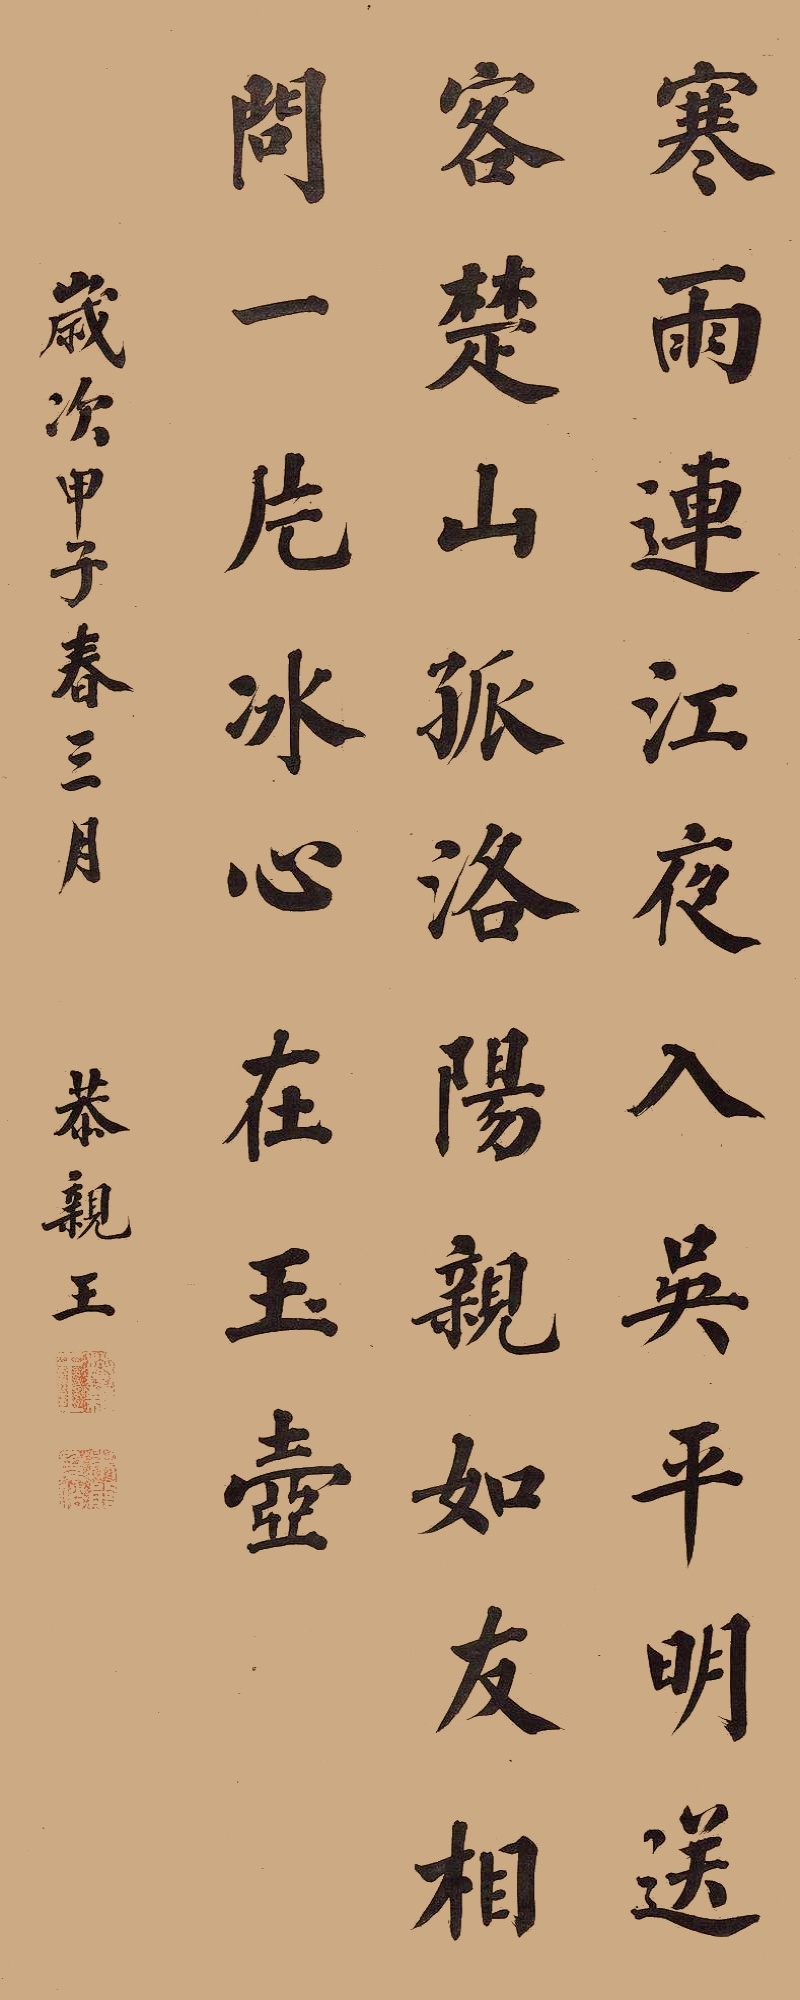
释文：寒雨连江夜入吴，平明送客楚山孤。洛阳亲友如相问，一片冰心在玉壶。岁次甲子春三月，恭亲王。